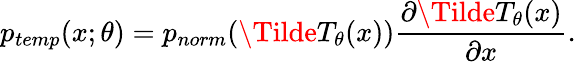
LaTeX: p_{temp}(x;\theta)=p_{norm}(\Tilde{T}_{\theta}(x))\frac{\partial\Tilde{T}_{\theta}(x)}{\partial x}.